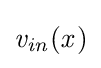
{\mathit {v}}_{\mathit {in}}({\mathit {x}})